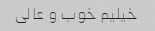
خیلیم خوب و عالی